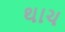
થાચ